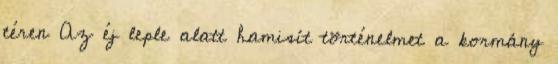
téren Az éj leple alatt hamisít történelmet a kormány